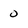
Character: 0